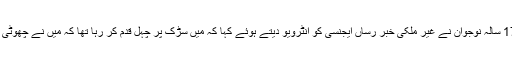
بچی کی جان بچانے والے الجزائر کے 17 سالہ نوجوان نے غیر ملکی خبر رساں ایجنسی کو انٹرویو دیتے ہوئے کہا کہ میں سڑک پر چہل قدم کر رہا تھا کہ میں نے چھوٹی بچی کو کھڑکی کے پاس کھیلتے دیکھا۔